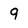
Character: 9